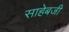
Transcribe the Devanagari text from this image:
साहेबजी